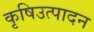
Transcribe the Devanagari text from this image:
कृषिउत्पादन